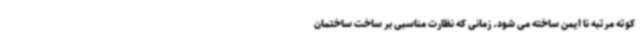
کوته مرتبه نا ایمن ساخته می شود. زمانی که نظارت مناسبی بر ساخت ساختمان